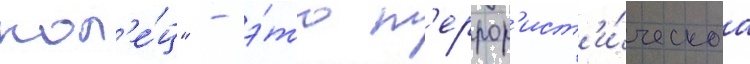
кол'е́ц" - э́то т'еррор'ист'и́ческаа